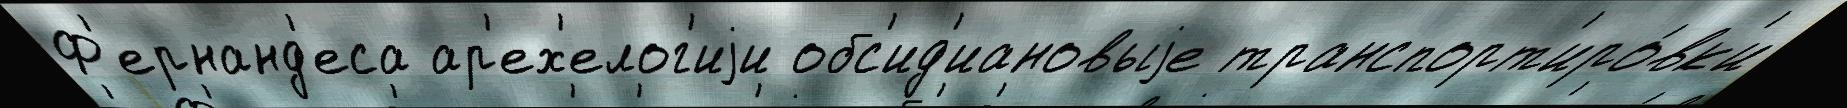
Ф'ернанд'еса ар'ех'елог'иjи обс'ид'иановыjе транспорт'иро́вк'и